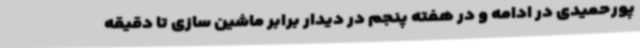
پورحمیدی در ادامه و در هفته پنجم در دیدار برابر ماشین سازی تا دقیقه